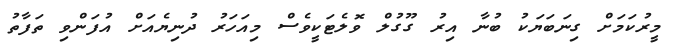
މީރުކަމަށް ގިނަބަޔަކު ބުނާ އިރު ގޫގުލް ވޮލެޓަކީވެސް މިއަހަރު ދުނިޔެއަށް އުފަންވި ތަފާތު